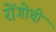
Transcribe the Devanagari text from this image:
रोंगोची